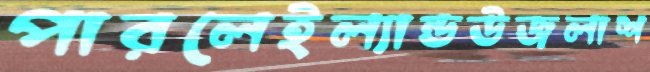
পারলেইল্যান্ডউজলাশ